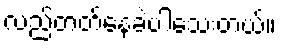
လည်တတ်နေခဲ့ပါသေးတယ်။